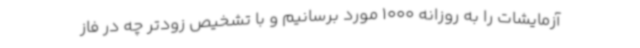
آزمایشات را به روزانه 1000 مورد برسانیم و با تشخیص زودتر چه در فاز